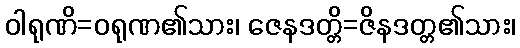
ဝါရုဏိ=ဝရုဏ၏သား၊ ဇေနဒတ္တိ=ဇိနဒတ္တ၏သား၊